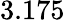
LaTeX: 3.175